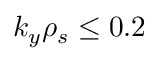
k _ { y } \rho _ { s } \le 0 . 2